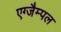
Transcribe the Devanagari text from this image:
एग्जैम्पल